King Institute of Preventive Medicine Micro-Biological Section reports 1909-11
Year: 1909
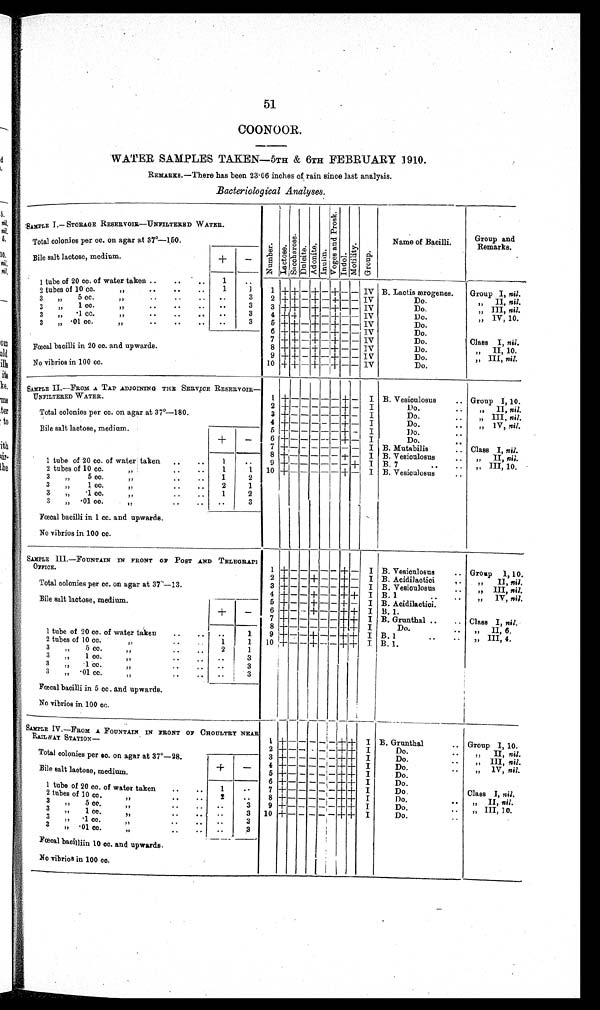
51
COONOOR.
WATER SAMPLES TAKEN—5TH & 6TH FEBRUARY 1910.
REMARKS.—There has been 23·06 inches of rain since last analysis.
Bacteriological Analyses.
SAMPLE I.— STORAGE RESERVOIR—UNFILTERED WATER.
Number.Lact ose.Sacchar ose.Dul ci t e.Adoni te.Inul i n. V o g e s a n d P r o s k .
IndolMot i l i t y. Group.
Name of Bacilli.
Group and Remarks.
Total colonies per cc. on agar at 37°—150.
Bile salt lactose, medium.
+
−
1 tube of 20 cc. of water taken
1
2 t u b e s o f 1 0 c c . , ,
1
1
1 + + – + – + – –
I V B. Lactis ærogenes.
Group I, nil.
3 ,, 5 cc.,,
3
2 + + – + – + – –
I V
Do.
,, II, nil.
3 ,, 1 cc. ,,
3
3 + + – + – + – –
I V
Do.
, , III, ni l .
3 ,, •1 cc. ,,
3
4 + +
+ – + – –
I V
Do.
, , IV, 10.
3 , , • 0 1 c c . , ,
3
5 + + – + – + – –
I V
Do.
6 + + – + – + – –
I V
Do.
7 + + – + – + – –
I V
Do.
Class I, nil.
Fœcal bacilli in 20 cc. and upwards.
8 + + – + – + – –
I V
Do.
,, II, 10.
9 + + – + – + – –
I V
Do.
,, III, nil.
No vibrios in 100 cc.
1 0 + + – + – + – –
I V
Do.
SAMPLE II.—FROM A TAP ADJOINING THE SERVICE RESERVOIR —UNFILTERED WATER.
1 + – – – – – + –
I B. Vesiculosus
Group I, 10.
2 + – – – – – + –
I
Do.
„ II, nil.
Total colonies per cc. on agar at 37°—180.
3 + – – – – – + –
I
Do.
„ III, nil.
4 + – – – – – + –
I
Do.
„ IV, nil.
Bile salt lactose, medium.
5 + – – – – – + –
I
Do.
+
−
6 + – – – – – + –
I
Do.
7 + – – – – – – –
I B. Mutabilis
Class I, nil.
8 + – – – – – + –
I B. Vesiculosus
„ II, nil.
1 tube of 20 cc. of water taken
1
9 + – – – – – – +
I B. 7
,, III, 10.
2 tubes of 10 cc. ,,
1
1
1 0+ – – – – – + –
I B. Vesiculosus
3 ,, 5 cc.,,
1
2
3 ,, 1 cc. ,,
2
1
3 ,, •1 cc. ,,
1
2
3 ,, •01 cc. ,,
3
Fœcal bacilli in 1 cc. and upwards.
No vibrios in 100 cc.
SAMPLE III.—FOUNTAIN IN FRONT OF POST AND TELEGRAI OFFICE.
1 + – – – – – + –
I B. Vesiculosus
Group I, 10.
2 + – – + – – + –
I B. Acidilactici
„ II, nil.
Total colonies per cc. on agar at 37°—13.
3 + – – – – – + –
I B. Vesioulosus
,, III, nil.
4 + – – + – – + +
I B. 1
,, IV, nil.
Bile salt lactose, medium.
5 + – – + – – + –
I B. Acidilactioi.
+
–
6 + – – + – – + +
I B. 1.
7 + – – – – – + +
I B. Grunthal
Class I, nil.
8 + – – – – – + +
I
Do.
„ II, 6.
1 tube of 20 cc. of water taken
1
9
+ – – + – – + +
I B. 1
„ III, 4.
2 t u b e s o f 1 0 c c . , , 1
1
10 + – – + – – + +
I
B. 1.
3 ,, 5 cc. ,,
2
1
3 ,, 1 cc. ,,
3
3 ,, •1 cc. ,,
3
3 ,, •01 co. ,,
3
Fcecal bacilli in 5 cc . and upwards.
No vibrios in 100 cc.
SAMPLE IV.—FROM A FOUNTAIN IN FRONT OFCHOULTRY NEAR RAILWAY STATION.—
1 + – – – – – + +
I B. Grunthal
Group I, 10.
2 + – – – – – + +
I
Do.
,, II, nil.
Total colonies per cc. on agar at 37°—28.
3 + – – – – – + +
I
Do.
,, III, nil.
+
–
4 + – – – – – + +
I
Do.
,, IV, nil.
Bile salt lactose, medium.
5 + – – – – – + +
I
Do.
6 + – – – – – + +
I
Do.
1 tube of 20 cc. of water taken
1
7 + – – – – – + +
I
Do.
Class I, nil.
2 tubes of 10 cc. ,,
2
8 + – – – – – + +
I
Do.
,, II, nil.
3 ,, 5 cc.,,
3
9 + – – – – – + +
I
Do.
, , III, 10.
3 ,, 1 cc. ,,
3
1 0
+ – – – – – + +
I
Do.
3 ,, •1 cc. ,,
3
3 ,, •01 cc. ,,
3
Fœcal bacilli in 10 cc. and upwards.
No vibrios in 100 cc.